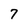
Character: 7